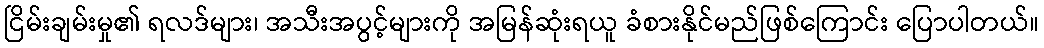
ငြိမ်းချမ်းမှု၏ ရလဒ်များ၊ အသီးအပွင့်များကို အမြန်ဆုံးရယူ ခံစားနိုင်မည်ဖြစ်ကြောင်း ပြောပါတယ်။